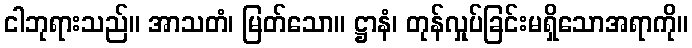
ငါဘုရားသည်။ အာသတံ၊ မြတ်သော။ ဋ္ဌာနံ၊ တုန်လှုပ်ခြင်းမရှိသောအရာကို။